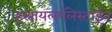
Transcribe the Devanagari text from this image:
इस्रायलपॅलेस्टाईन